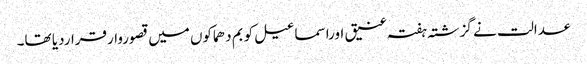
عدالت نے گزشتہ ہفتہ عنیق اوراسماعیل کو بم دھماکوں میں قصوروارقراردیا تھا۔